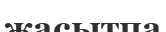
жасытпа